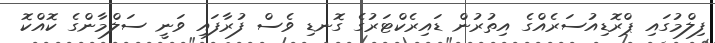
ފިލްމުގައި ޕްރޮޑިއުސަރެއްގެ އިތުރުން ޑައިރެކްޓަރުގެ ގޮނޑި ވެސް ފުރާފައި ވަނީ ސަލްމާންގެ ކޮއްކޮ